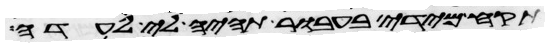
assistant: תקח מידי בעבור תהיה לי לעדה